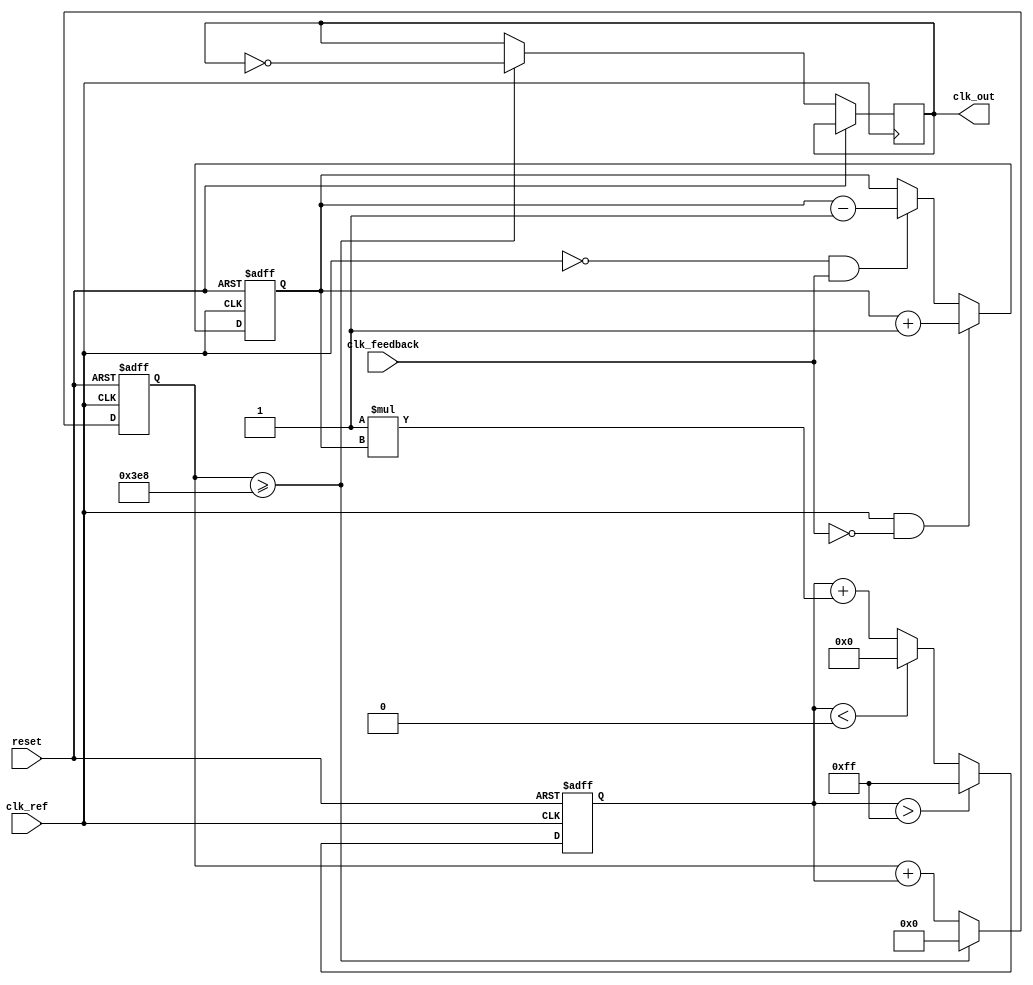
module type2_pll (
    input wire clk_ref,         // Reference clock input
    input wire clk_feedback,    // Feedback clock input from VCO
    input wire reset,           // Asynchronous reset
    output reg clk_out          // Output clock
);

// Parameters
parameter integer N = 4;      // Feedback divider (if needed)
parameter integer Kp = 1;      // Proportional gain
parameter integer Ki = 1;      // Integral gain
parameter integer VCO_MAX = 255; // Max VCO control voltage
parameter integer VCO_MIN = 0;   // Min VCO control voltage

// Internal signals
reg [7:0] phase_error;         // Phase error signal
reg [7:0] control_voltage;     // Control voltage for VCO
reg [7:0] vco_output;          // VCO output frequency
reg [31:0] counter;            // Counter for clock generation
reg [31:0] vco_counter;        // VCO counter

// Phase Detector
always @(posedge clk_ref or posedge reset) begin
    if (reset) begin
        phase_error <= 0;
    end else begin
        // Simple phase detector: Increment or decrement phase error
        if (clk_ref && !clk_feedback) begin
            phase_error <= phase_error + 1; // Reference clock leads feedback
        end else if (!clk_ref && clk_feedback) begin
            phase_error <= phase_error - 1; // Feedback clock leads reference
        end
    end
end

// Loop Filter (Proportional + Integrator)
always @(posedge clk_ref or posedge reset) begin
    if (reset) begin
        control_voltage <= 0;
    end else begin
        // Proportional control
        control_voltage <= control_voltage + (Kp * phase_error);

        // Integral control
        control_voltage <= control_voltage + (Ki * phase_error);
        
        // Clamp control voltage to VCO range
        if (control_voltage > VCO_MAX) begin
            control_voltage <= VCO_MAX;
        end else if (control_voltage < VCO_MIN) begin
            control_voltage <= VCO_MIN;
        end
    end
end

// Voltage-Controlled Oscillator (VCO)
always @(posedge clk_ref or posedge reset) begin
    if (reset) begin
        vco_output <= 0;
        vco_counter <= 0;
    end else begin
        // VCO frequency control based on control voltage
        vco_counter <= vco_counter + control_voltage;
        if (vco_counter >= 1000) begin // Adjust this threshold for frequency
            clk_out <= ~clk_out; // Toggle output clock
            vco_counter <= 0;
        end
    end
end

// Feedback Path (if needed)
always @(posedge clk_out or posedge reset) begin
    if (reset) begin
        // Reset feedback logic if necessary
    end else begin
        // Feedback logic can be implemented here if needed
    end
end

endmodule